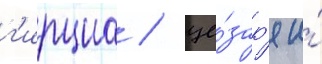
г'ирциа / це́зар'я и́